画像に写った文字を読んでください
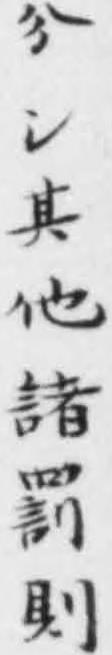
「分シ其他諸罰則」と書いてあります